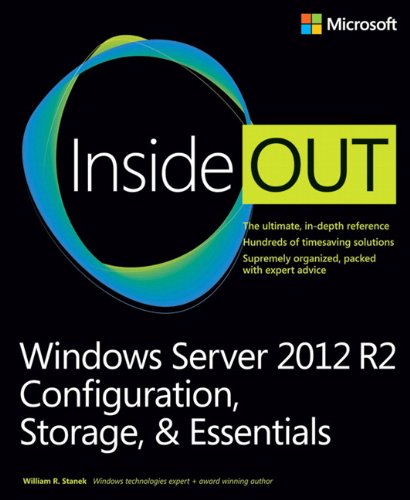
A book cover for Windows Server 2012 R2 Inside Out Volume 1: Configuration, Storage, & Essentials; William Stanek; Computers & Technology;